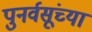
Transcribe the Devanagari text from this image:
पुनर्वसूंच्या